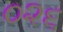
૦૨૬